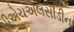
સીએચએલસીડીના